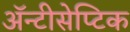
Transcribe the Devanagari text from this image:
ॲन्टीसेप्टिक